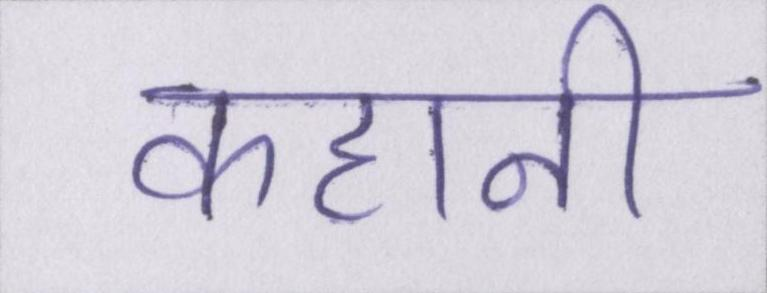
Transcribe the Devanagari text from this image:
कहानी